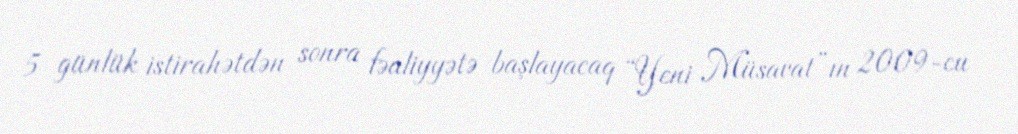
5 günlük istirahətdən sonra fəaliyyətə başlayacaq “Yeni Müsavat”ın 2009-cu